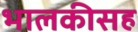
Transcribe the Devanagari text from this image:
भालकीसह